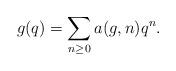
LaTeX: \begin{align*} g(q) = \sum_{n\geq 0} a(g,n) q^n.\end{align*}